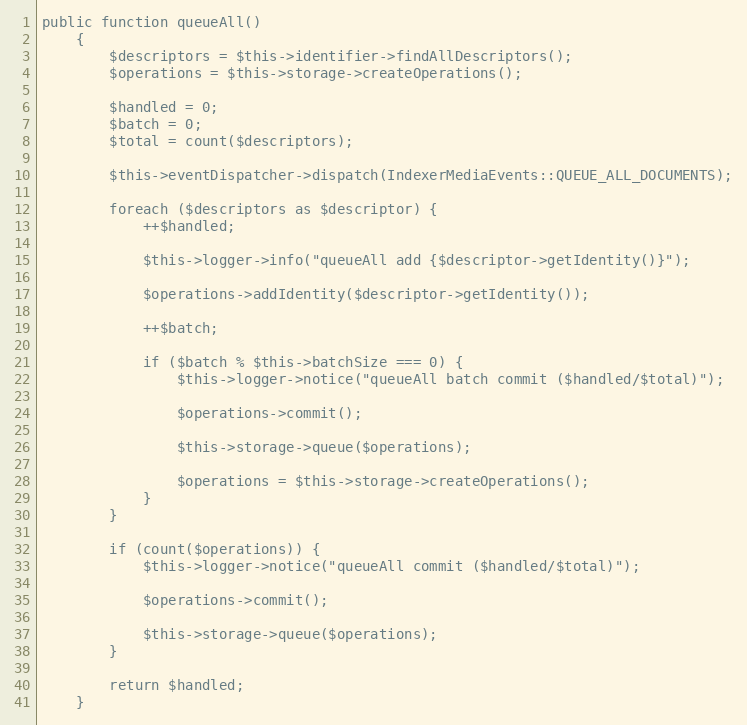
Language: PHP
public function queueAll()
    {
        $descriptors = $this->identifier->findAllDescriptors();
        $operations = $this->storage->createOperations();

        $handled = 0;
        $batch = 0;
        $total = count($descriptors);

        $this->eventDispatcher->dispatch(IndexerMediaEvents::QUEUE_ALL_DOCUMENTS);

        foreach ($descriptors as $descriptor) {
            ++$handled;

            $this->logger->info("queueAll add {$descriptor->getIdentity()}");

            $operations->addIdentity($descriptor->getIdentity());

            ++$batch;

            if ($batch % $this->batchSize === 0) {
                $this->logger->notice("queueAll batch commit ($handled/$total)");

                $operations->commit();

                $this->storage->queue($operations);

                $operations = $this->storage->createOperations();
            }
        }

        if (count($operations)) {
            $this->logger->notice("queueAll commit ($handled/$total)");

            $operations->commit();

            $this->storage->queue($operations);
        }

        return $handled;
    }